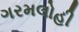
ગરમલોહી